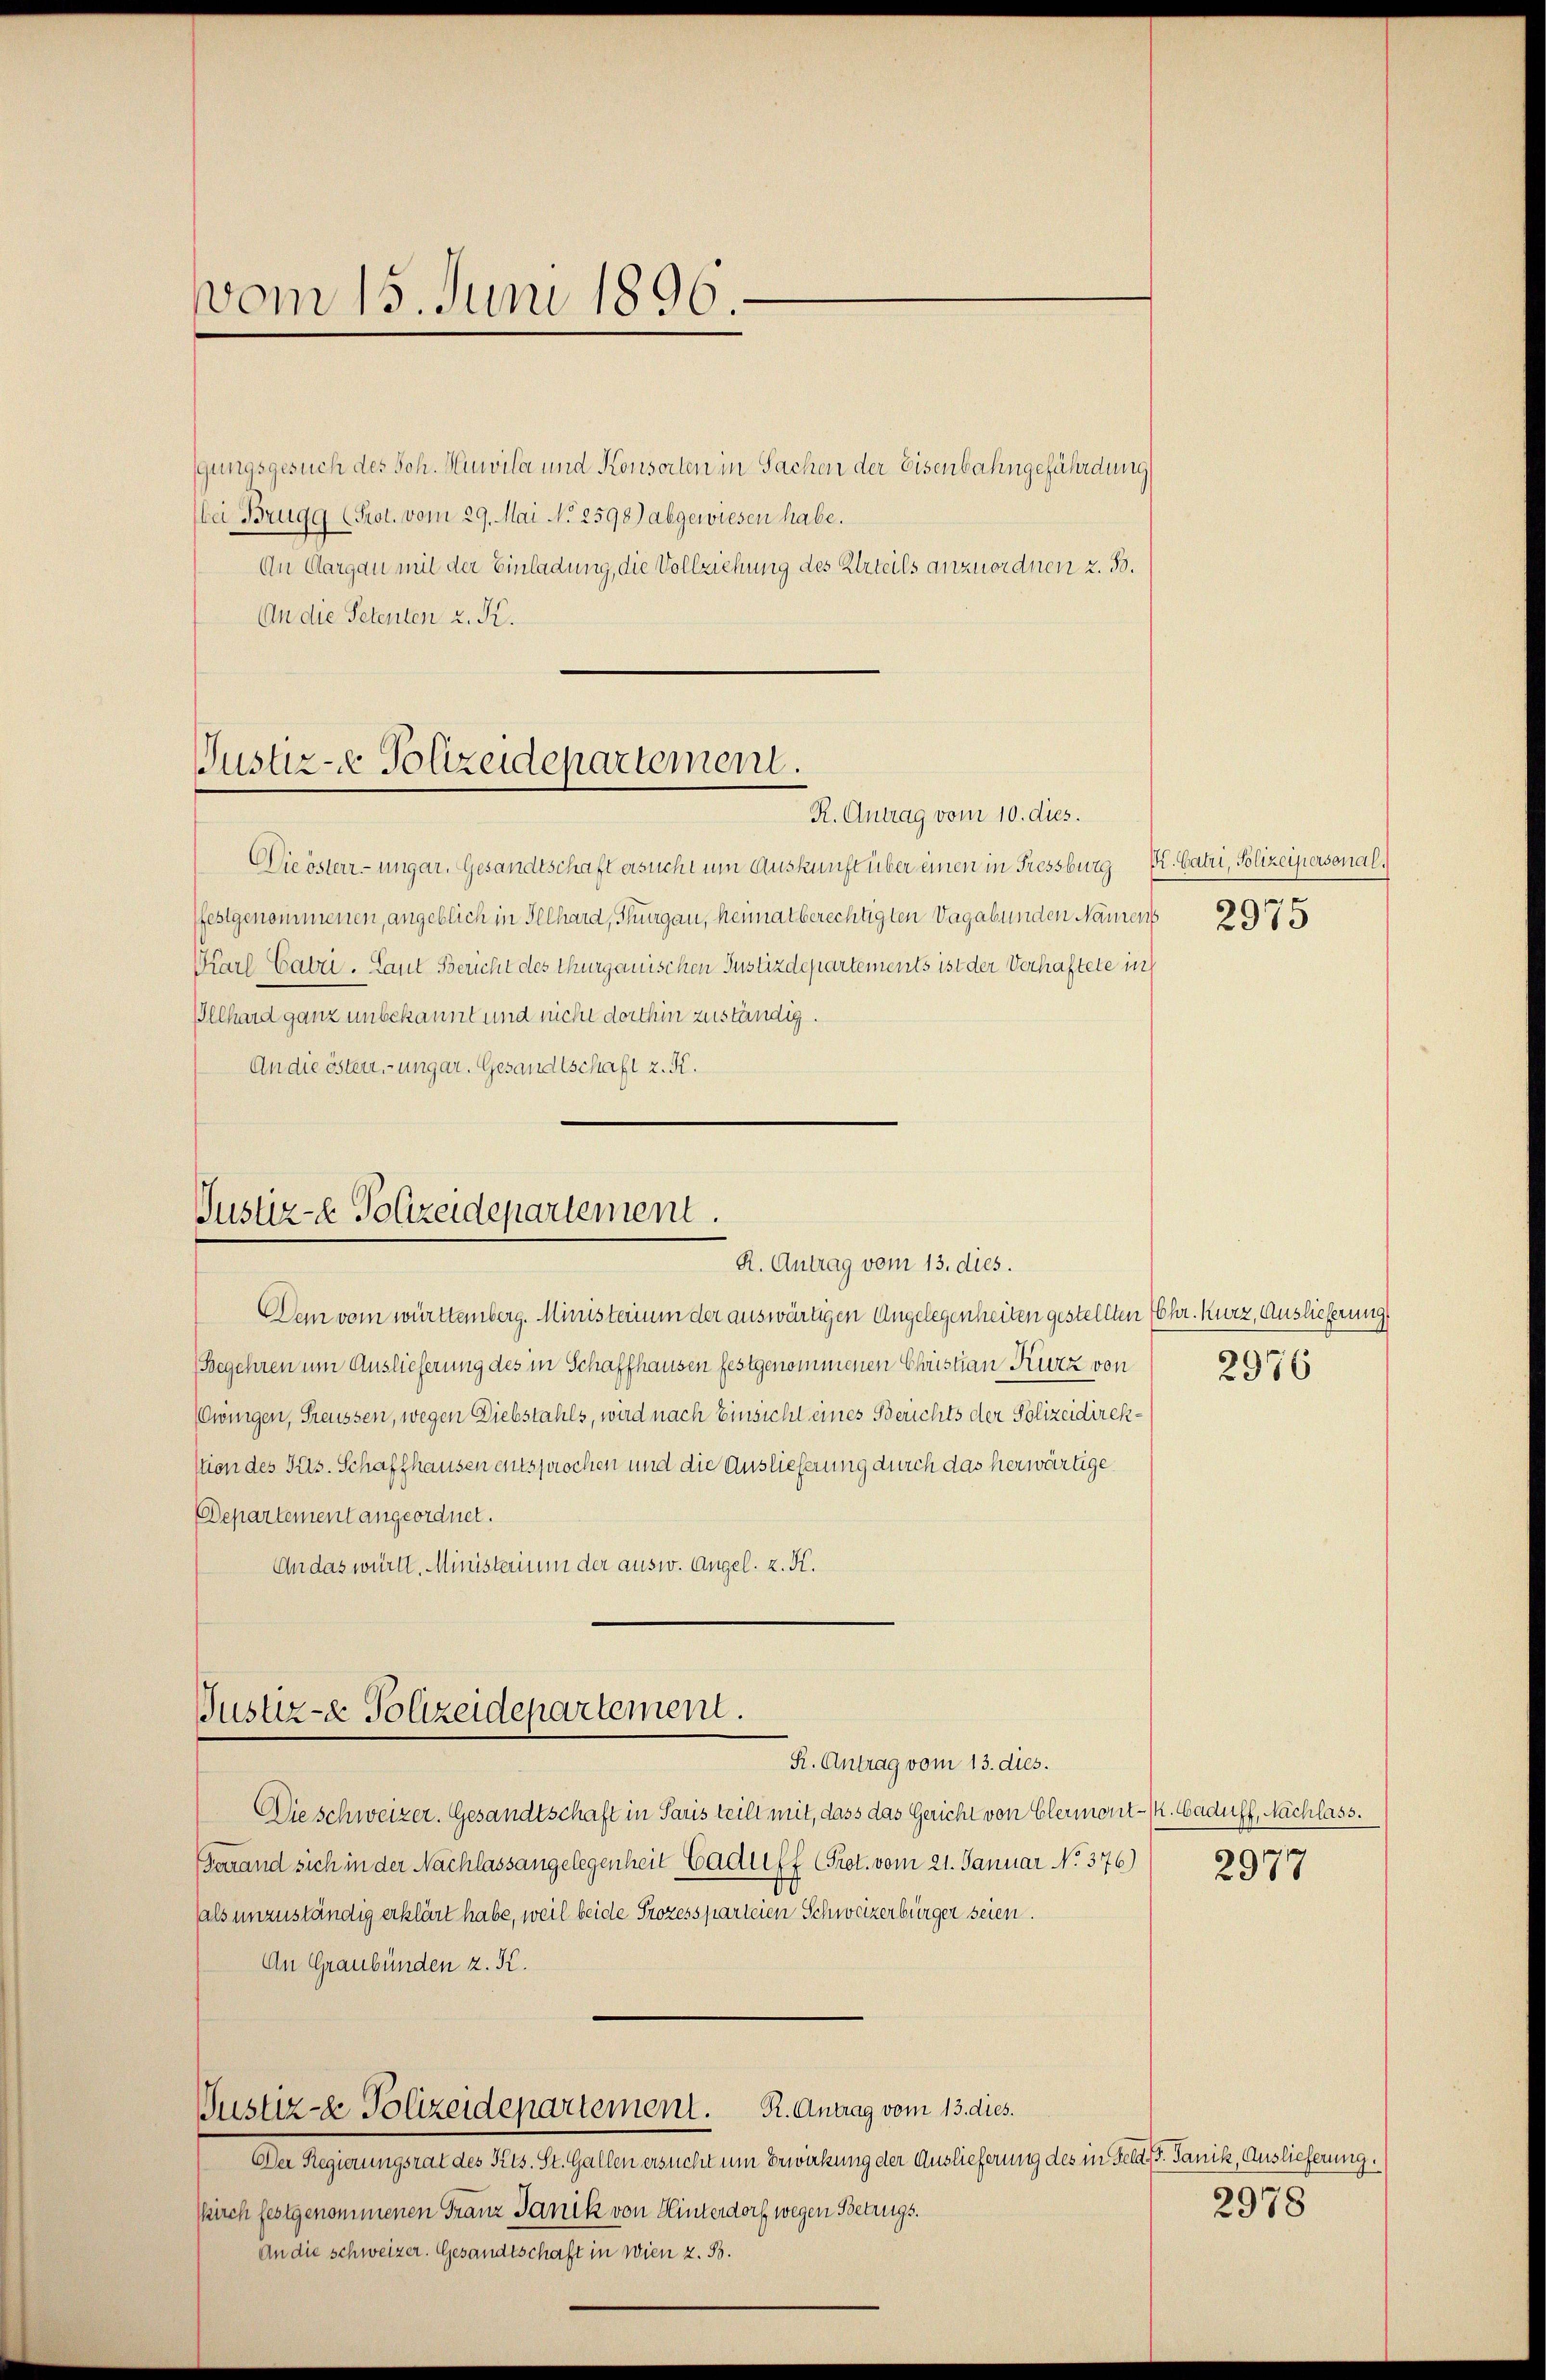
vom 15. Juni 1896.

gungsgesuch des Joh. Huwila und Konsorten in Sachen der Eisenbahngefährdung
bei Brugg (Prot. vom 29. Mai No 2598) abgewiesen habe.
An Aargau mit der Einladung, die Vollziehung des Urteils anzuordnen z. B.
An die Petenten z. K.

Justiz- & Polizeidepartement.

Justiz-e Polizeidepartement.
R. Antrag vom 13. dies.

R. Antrag vom 10. dies.
Dieösterr-ungar. Gesandtschaft ersucht um Auskunft über einen in Fressburg Kt. Batri, Polizeipersonalfestgenommenen, angeblich in Illhard, Thurgau, heimatberechtigten Vagabunden Namens
Karl-Catri. Laut Bericht des Thurgauischen Justizdepartements ist der Verhaftete in
Illhard ganz unbekannt und nicht dorthin zuständig.
An die öster ungar. Gesandtschaft z. K.

Den vom württemberg. Ministerium der auswärtigen Angelegenheiten gestellten Chr. Kurz, Auslieferung
(Begehren um Auslieferung des in Schaffhausen festgenommenen Christian Kurz von
Owingen, Freussen, wegen Diebstahls, wird nach Einsicht eines Berichts der Polizeidirekstion des Pils. Schaffhausen entsprochen und die Auslieferung durch das herwärtige
Departement angeordnet.
Andas württ. Ministerium der ausw. Angel. z. K.

Justiz- & Polizeidepartement.

R. Antrag vom 13. dies.
Die schweizer. Gesandtschaft in Paris teilt mit, dass das Gericht von Elermont-/. Gaduff, Nachlass.
Garrand sich in der Nachlassangelegenheit Caduff (Prot. vom 21. Januar No. 376)
als unzuständig erklärt habe, weil beide Prozessparteien Schweizerbürger seien.
An Graubünden z. K.
Justiz- & Polizeidepartement. R. Antrag vom 13. dies.
Der Regierungsrat des Kts. St. Gallen ersucht um Bewirkung der Auslieferung des in Feld, Panik, Auslieferung.
Kirch festgenommenen Franz Janik von Hinterdorf wegen Betrugs.
An die schweizer. Gesandtschaft in Wien z. 53.

2975

2976

2977

2978